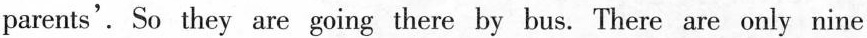
parents'. So they are going there by bus. There are only nine